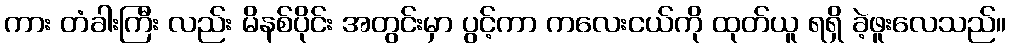
ကား တံခါးကြီး လည်း မိနစ်ပိုင်း အတွင်းမှာ ပွင့်ကာ ကလေးငယ်ကို ထုတ်ယူ ရရှိ ခဲ့ဖူးလေသည်။